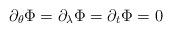
LaTeX: \begin{align*} \partial_\theta \Phi = \partial_\lambda \Phi = \partial_t \Phi = 0\end{align*}